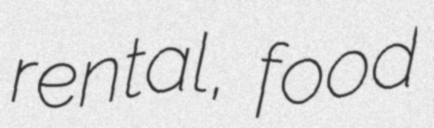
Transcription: rental, food